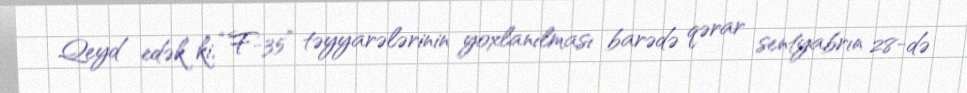
Qeyd edək ki, “F-35” təyyarələrinin yoxlanılması barədə qərar sentyabrın 28-də